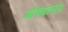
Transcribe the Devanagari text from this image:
ओषधालय